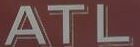
ATL